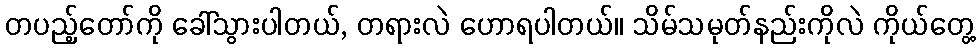
တပည့်တော်ကို ခေါ်သွားပါတယ်, တရားလဲ ဟောရပါတယ်။ သိမ်သမုတ်နည်းကိုလဲ ကိုယ်တွေ့